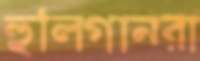
হুলিগানরা